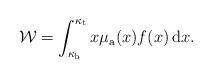
LaTeX: \begin{align*}\mathcal{W}=\int_{\kappa_{\rm b}}^{\kappa_{\rm t}} x\mu_{\rm a}(x) f(x) \,\mathrm{d} x.\end{align*}